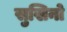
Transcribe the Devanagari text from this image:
सुखिनो